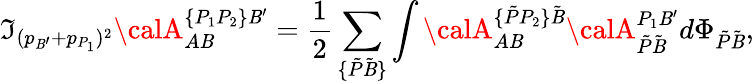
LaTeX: \Im_{(p_{\mathit{B}^{\prime}}+p_{P_{1}})^{2}}{\calA}_{A\mathit{B}}^{\{ P_{1}P_{2}\} \mathit{B}^{\prime}}=\frac{1}{{2}}\sum_{\{ \tilde{{P}}\tilde{{\mathit{B}}}\} }\int{\calA}_{A\mathit{B}}^{\{ \tilde{{P}}P_{2}\} \tilde{{\mathit{B}}}}{\calA}_{\tilde{{P}}\tilde{{\mathit{B}}}}^{P_{1}\mathit{B}^{\prime}}d\Phi_{\tilde{{P}}\tilde{{\mathit{B}}}},